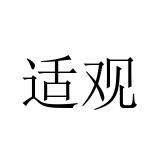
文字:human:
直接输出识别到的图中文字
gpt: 适观